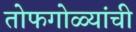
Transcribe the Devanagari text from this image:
तोफगोळ्यांची